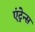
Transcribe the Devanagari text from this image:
एंट्रेन्स